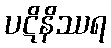
ပဋိနိဿရ